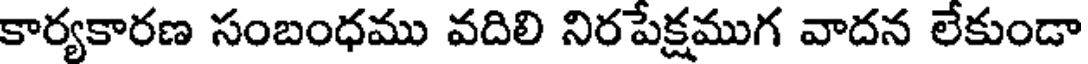
కార్యకారణ సంబంధము వదిలి నిరపేక్షముగ వాదన లేకుండా